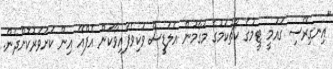
"އިނގިރޭސި ގައުމީ ޓީމުގެ ކޯޗުކަމުގެ މަގާމުން އެލަޑީސް ވަކިވެފައިވާކަން އެފްއޭ އިން ކަށަވަރުކޮށްދެން.